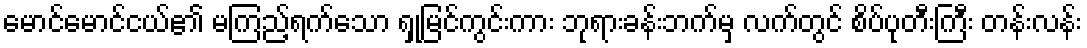
မောင်မောင်ငယ်၏ မကြည့်ရက်သော ရှုမြင်ကွင်းကား ဘုရားခန်းဘက်မှ လက်တွင် စိပ်ပုတီးကြီး တန်းလန်း